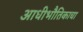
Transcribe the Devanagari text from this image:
आधीभौतिकाचा